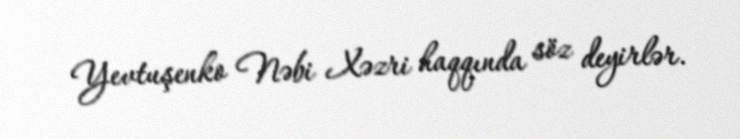
Yevtuşenko Nəbi Xəzri haqqında söz deyirlər.